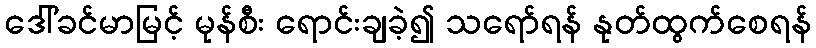
ဒေါ်ခင်မာမြင့် မုန်စီး ရောင်းချခဲ့၍ သရော်ရန် နုတ်ထွက်စေရန်